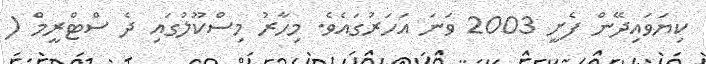
ކިޔަވައިދޭން ފެށީ 2003 ވަނަ އަހަރުގައެވެ. މިހާރު މިސްކޫލުގައި ދެ ސްޓްރީމް (